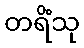
တရိံသု